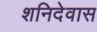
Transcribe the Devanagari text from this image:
शनिदेवास